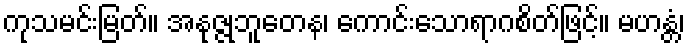
ကုသမင်းမြတ်။ အနုဇ္ဇုဘူတေန၊ ကောင်းသောရာဂစိတ်ဖြင့်။ မဟန္တံ၊